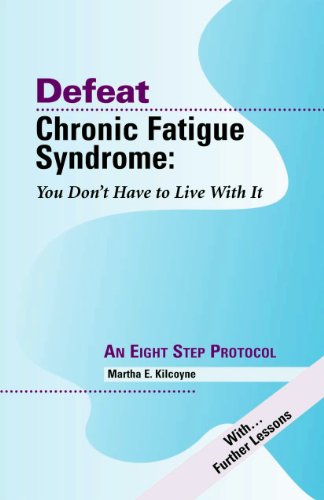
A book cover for Defeat Chronic Fatigue Syndrome: You Don't Have to Live with It -- An Eight Step Protocol; Martha E. Kilcoyne; Health, Fitness & Dieting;